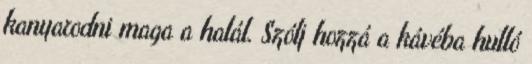
kanyarodni maga a halál. Szólj hozzá a kávéba hulló